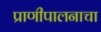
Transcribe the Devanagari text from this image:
प्राणीपालनाचा